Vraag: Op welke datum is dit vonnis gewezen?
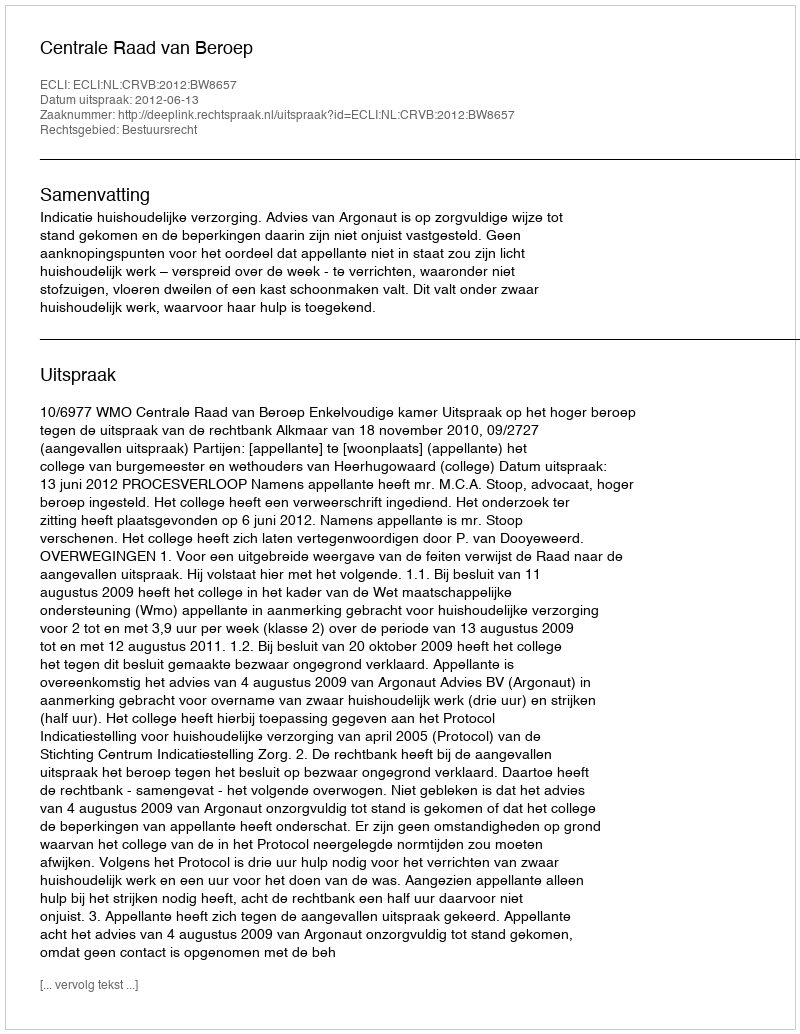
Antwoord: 2012-06-13